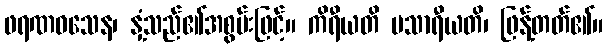
ဖရဏဝသေန၊ နှံ့သည်၏အစွမ်းဖြင့်။ ကိရီယတိ ပသာရီယတိ၊ ဖြန့်တတ်၏။